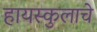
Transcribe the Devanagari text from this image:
हायस्कुलाचे